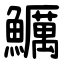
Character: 鱱